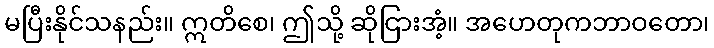
မပြီးနိုင်သနည်း။ ဣတိစေ၊ ဤသို့ ဆိုငြားအံ့။ အဟေတုကဘာဝတော၊